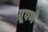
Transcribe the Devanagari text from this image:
ग्रूपणे